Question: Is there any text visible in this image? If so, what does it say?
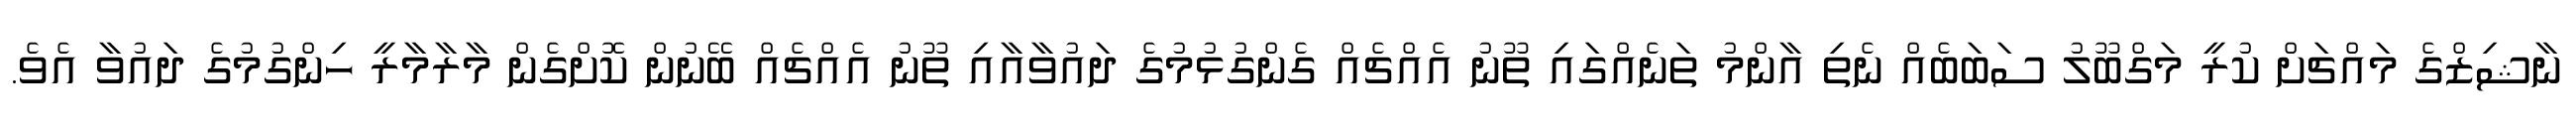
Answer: ނާޝިޒްގެ މައްޗަށް ކުރީ މަގްބޫލު ސަބަބެއް ނެތި އާންމު ތަނެއްގައި ތޫނު އެއްޗެއް ގެންގުޅުމުގެ ދައުވާއާއި ތޫނު އެއްޗެއް ބޭނުން ކޮށްގެން މާރާމާރީ ހިންގުމުގެ ދައުވާ އެވެ.